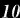
10